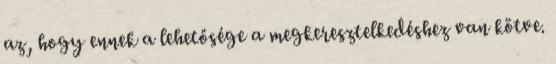
az, hogy ennek a lehetősége a megkeresztelkedéshez van kötve.